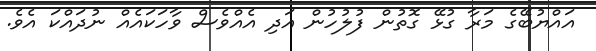
އައްޔުބޭގެ މަރާ ގުޅޭ ގޮތުން ފުލުހުން އަދި އެއްވެސް ވާހަކައެއް ނުދައްކަ އެވެ.